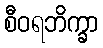
စီဝရဘိက္ခာ